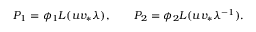
P _ { 1 } = \phi _ { 1 } { \cal L } ( u v _ { * } \lambda ) , \qquad P _ { 2 } = \phi _ { 2 } { \cal L } ( u v _ { * } \lambda ^ { - 1 } ) .